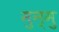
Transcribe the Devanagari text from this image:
मुन्मु